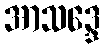
အာသဒ္ဒေ